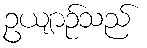
ဥယျာဉ်သည်